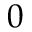
0